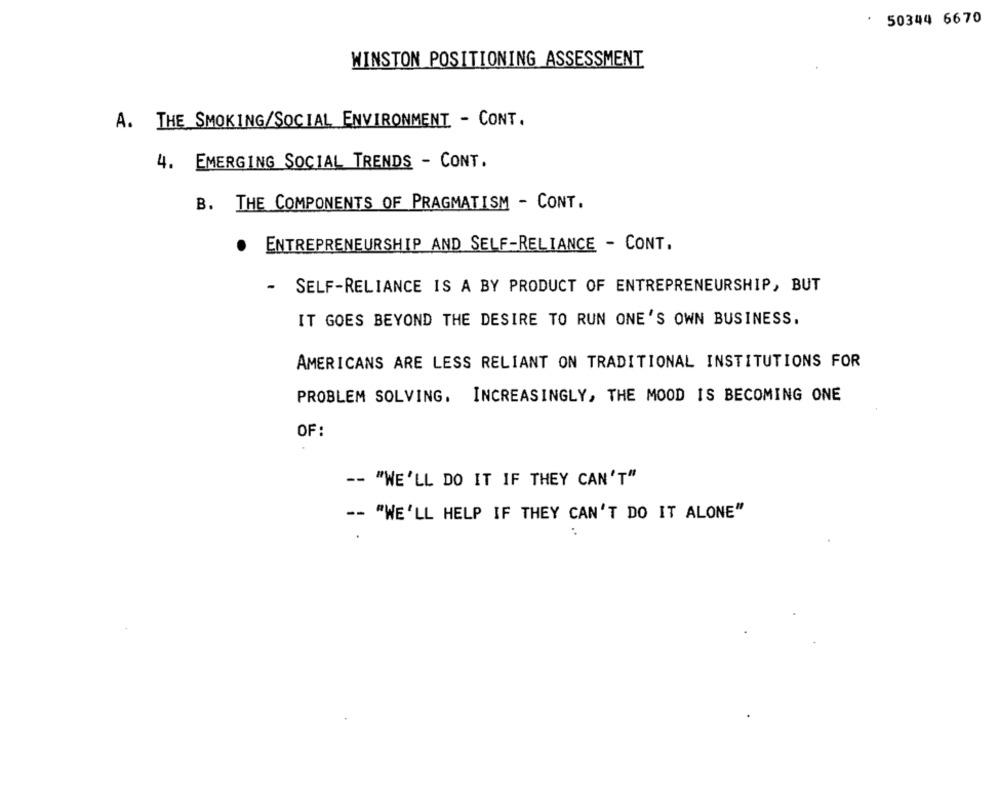
50344 6670
WINSTON POSITIONING ASSESSMENT
A. THE SMOKING/SOCIAL ENVIRONMENT - CONT.
4. EMERGING SOCIAL TRENDS - CONT.
B. THE COMPONENTS OF PRAGMATISM - CONT.
.
ENTREPRENEURSHIP AND SELF-RELIANCE - CONT.
- SELF-RELIANCE IS A BY PRODUCT OF ENTREPRENEURSHIP, BUT
IT GOES BEYOND THE DESIRE TO RUN ONE'S OWN BUSINESS.
AMERICANS ARE LESS RELIANT ON TRADITIONAL INSTITUTIONS FOR
PROBLEM SOLVING. INCREASINGLY, THE MOOD IS BECOMING ONE
OF:
-- "WE'LL DO IT IF THEY CAN'T"
-- "WE'LL HELP IF THEY CAN'T DO IT ALONE"